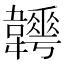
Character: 𩏬